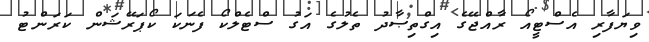
ވިޔަފާރި އެސްޓީއޯ ރާއްޖޭގެ އިގްތިޞާދު ތެލުގެ އަގު ސްޓެލްކޯ ފެނަކަ ކޯޕަރޭޝަން ކަރަންޓު